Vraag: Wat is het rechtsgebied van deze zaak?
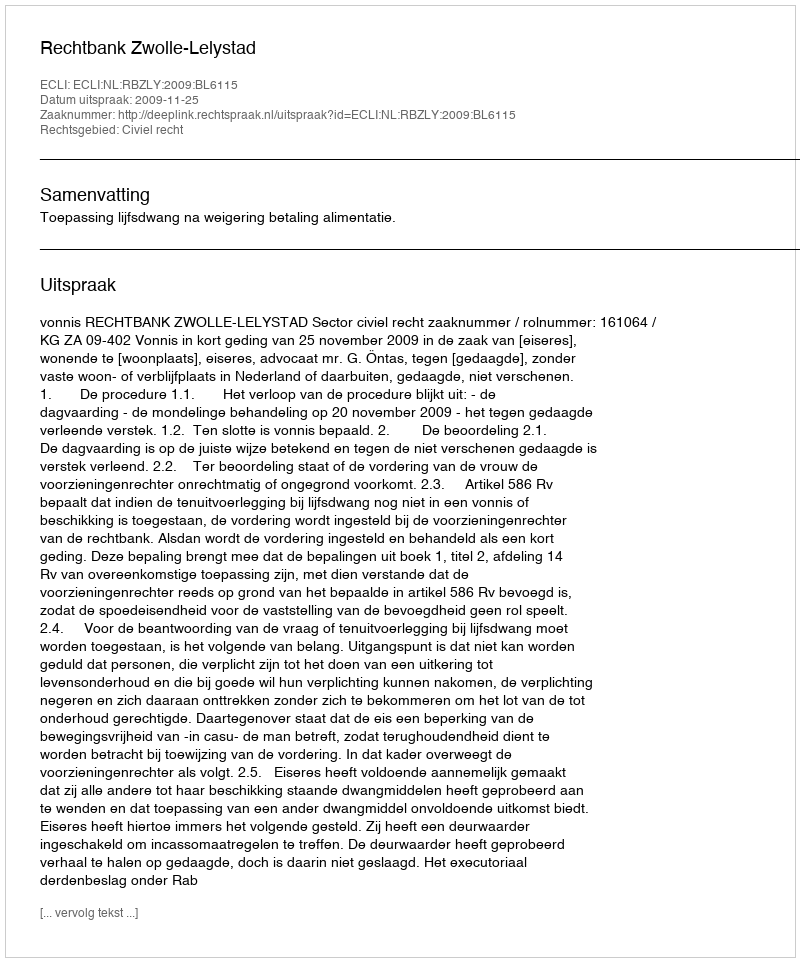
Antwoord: Civiel recht